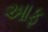
આફ